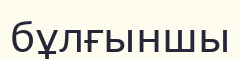
бұлғыншы